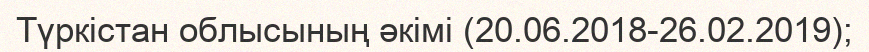
Түркістан облысының әкімі (20.06.2018-26.02.2019);